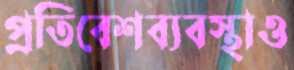
প্রতিবেশব্যবস্থাও